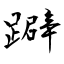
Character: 躃